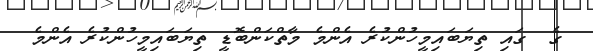
ގެ  ގައި ތިޔަބައިމީހުންކުރެ އެންމެ މާތްކަންބޮޑީ ތިޔަބައިމީހުންކުރެ އެންމެ